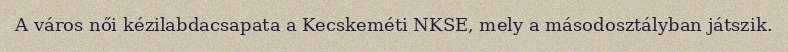
A város női kézilabdacsapata a Kecskeméti NKSE, mely a másodosztályban játszik.